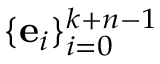
\displaystyle { \{ { \mathbf e } _ { i } \} _ { i = 0 } ^ { k + n - 1 } }